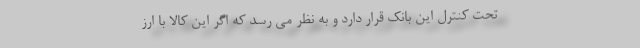
تحت کنترل این بانک قرار دارد و به نظر می رسد که اگر این کالا با ارز